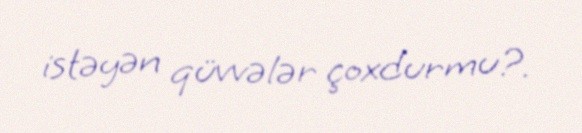
istəyən qüvvələr çoxdurmu?.